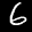
Label: 6